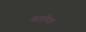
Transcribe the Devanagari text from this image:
डालेक